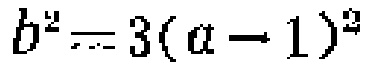
\(b^{2}=3(a - 1)^{2}\)